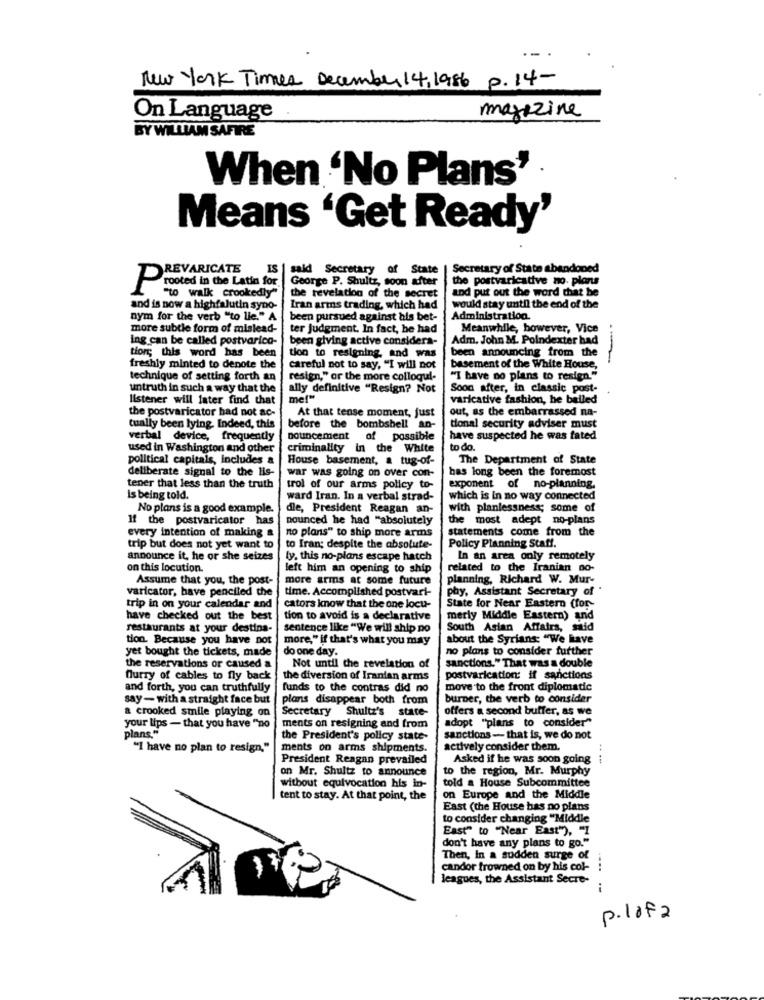
--
New York Times December 14, 1986 P. 14-
On Language
magazine
BY WILLIAM SAFIRE
When 'No Plans'
Means 'Get Ready'
said Secretary of State
Secretary of State abandoned
REVARICATE
IS
George P. Shultz, soon after
the postvaricative no. plans
and put out the word that he
Posted in the Latin for
"to walk crookedly"
the revelation of the secret
and is now a highfalutin syno-
Iran arms trading, which had
would stay until the end of the
nym for the verb "to lle." A
been pursued against his bet-
Administration.
more subtle form of mislead-
ter judgment. In fact, he had
Meanwhile, however, Vice
ing can be called postvarico-
been giving active considera-
Adm. John M. Poindexter had
been announcing from the
tiors; this word has been
tion to resigning, and was
freshly minted to denote the
careful not to say, "I will not
basement of the White House,
technique of setting forth an
resign," or the more colloqui-
"I have no plans to resign."
untruth in such a way that the
ally definitive "Resign? Not
Soon after, in classic post-
listener will fater find that
me!"
varicative fashion, he belled
out, as the embarrassed na-
the postvaricator had not ac-
At that tense moment, just
tually been lying. Indeed, this
before the bombshell an-
tional security adviser must
verbal device, frequently
bouncement of possible
have suspected he was fated
used in Washington and other
criminality in the White
to do.
political capitals, Includes &
House basement, a tug-of-
The Department of State
deliberate signal to the lis-
war was going on over con-
has long been the foremost
tener that less than the truth
trol of our arms policy to-
exponent of no-planning.
is being told.
ward Iran. In a verbal strad-
which is in no way connected
No plans is a good example.
dle, President Reagan an-
with planlessness; some of
If the postvaricator has
nounced he had "absolutely
the most adept no-plans
no plans" to ship more arms
statements come from the
every intention of making a
trip but does not yet want to
to Iran; despite the absolute-
Policy Planning Staff.
announce it, he or she seizes
ly. this no-plans escape hatch
In an aren only remotely
on this locution.
left him an opening to ship
related to the Iranian no-
Assume that you, the post-
more arms at some future
planning, Richard W. Mur-
varicator, have penciled the
time. Accomplished postvari-
phy, Assistant Secretary of .
trip in on your calendar and
cators know that the one locu-
State for Near Eastern (for-
have checked out the best
tion to avoid is a declarative
merly Middle Eastern) and
restaurants at your destina-
sentence like "We will ship no
South Asian Affairs, said
tion. Because you have not
more," if that's what you may
about the Syrians: "We have
yet bought the tickets, made
do one day.
no plans to consider further
the reservations or caused a
Not until the revelation of
sanctions." That was a double
flurry of cables to fly back
the diversion of Iranian arms
postvarication: if sanctions
and forth, you can truthfully
funds to the contras did no
move to the front diplomatic
say- with a straight face but
plans disappear both from
burner, the verb to consider
a crooked smile playing on
Secretary Shultz's state-
offers a second buffer, as we
adopt "plans to consider"
your lips - that you have "no
ments on resigning and from
plans."
the President's policy state-
sanctions - that is, we do not
"I have no plan to resign,"
ments on arms shipments.
actively consider them.
President Reagan prevailed
Asked if he was soon going ;
on Mr. Shultz to announce
to the region, Mr. Murphy
told a House Subcommittee
without equivocation his in-
tent to stay. At that point, the
on Europe and the Middle
East (the House has no plans
to consider changing "Middle
East" to "Near East"), "1
don't have any plans to go."
Then, In a sudden surge of
candor frowned on by his col-
....
leagues, the Assistant Secre-
p.lafa